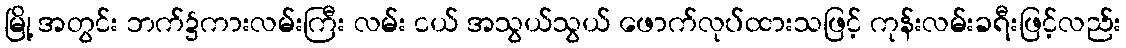
မြို့ အတွင်း ဘက်၌ကားလမ်းကြီး လမ်း ငယ် အသွယ်သွယ် ဖောက်လုပ်ထားသဖြင့် ကုန်းလမ်းခရီးဖြင့်လည်း